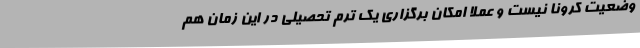
وضعیت کرونا نیست و عملا امکان برگزاری یک ترم تحصیلی در این زمان هم